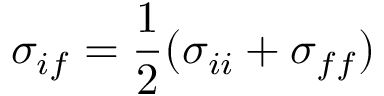
\sigma _ { i f } = \frac { 1 } { 2 } ( \sigma _ { i i } + \sigma _ { f f } )